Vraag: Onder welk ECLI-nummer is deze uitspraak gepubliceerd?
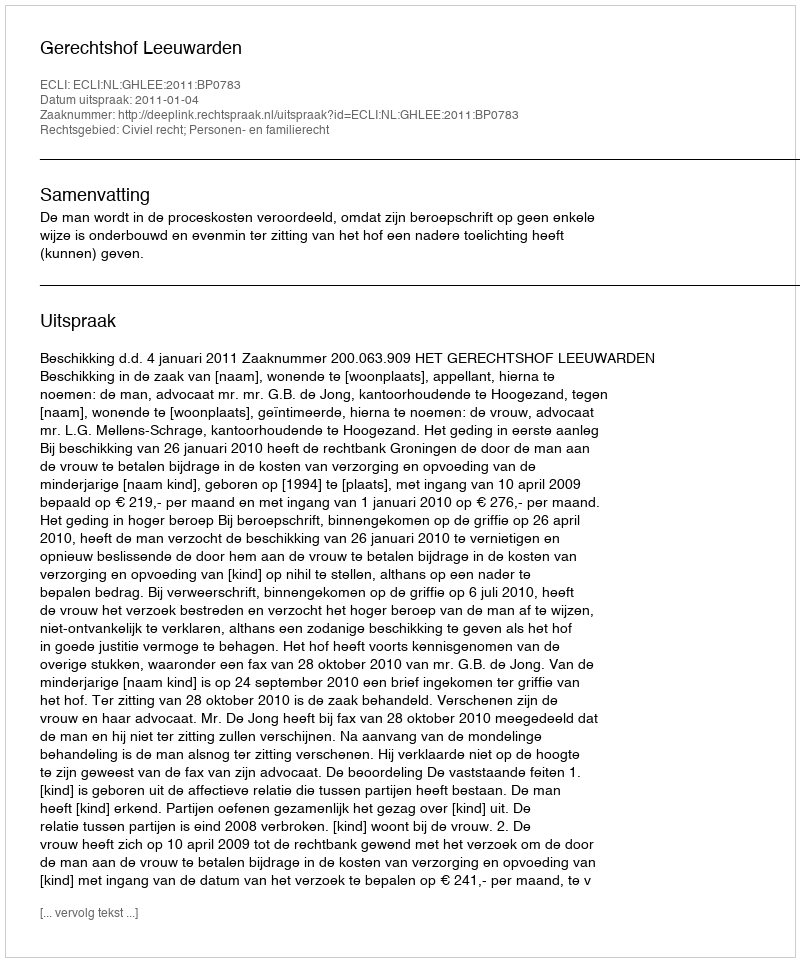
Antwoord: ECLI:NL:GHLEE:2011:BP0783